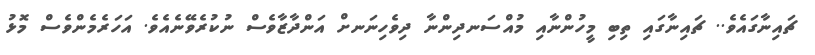
ޗައިނާގައެވެ.. ޗައިނާގައި ތިބި މީހުންނާއި މުއްސަނދިންނާ ދިވެހިނަނށް އަންދާޒާވެސް ނުކުރެވޭނެއެވެ. އަހަރެމެންވެސް މޮޅު